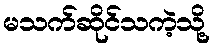
မသက်ဆိုင်သကဲ့သို့